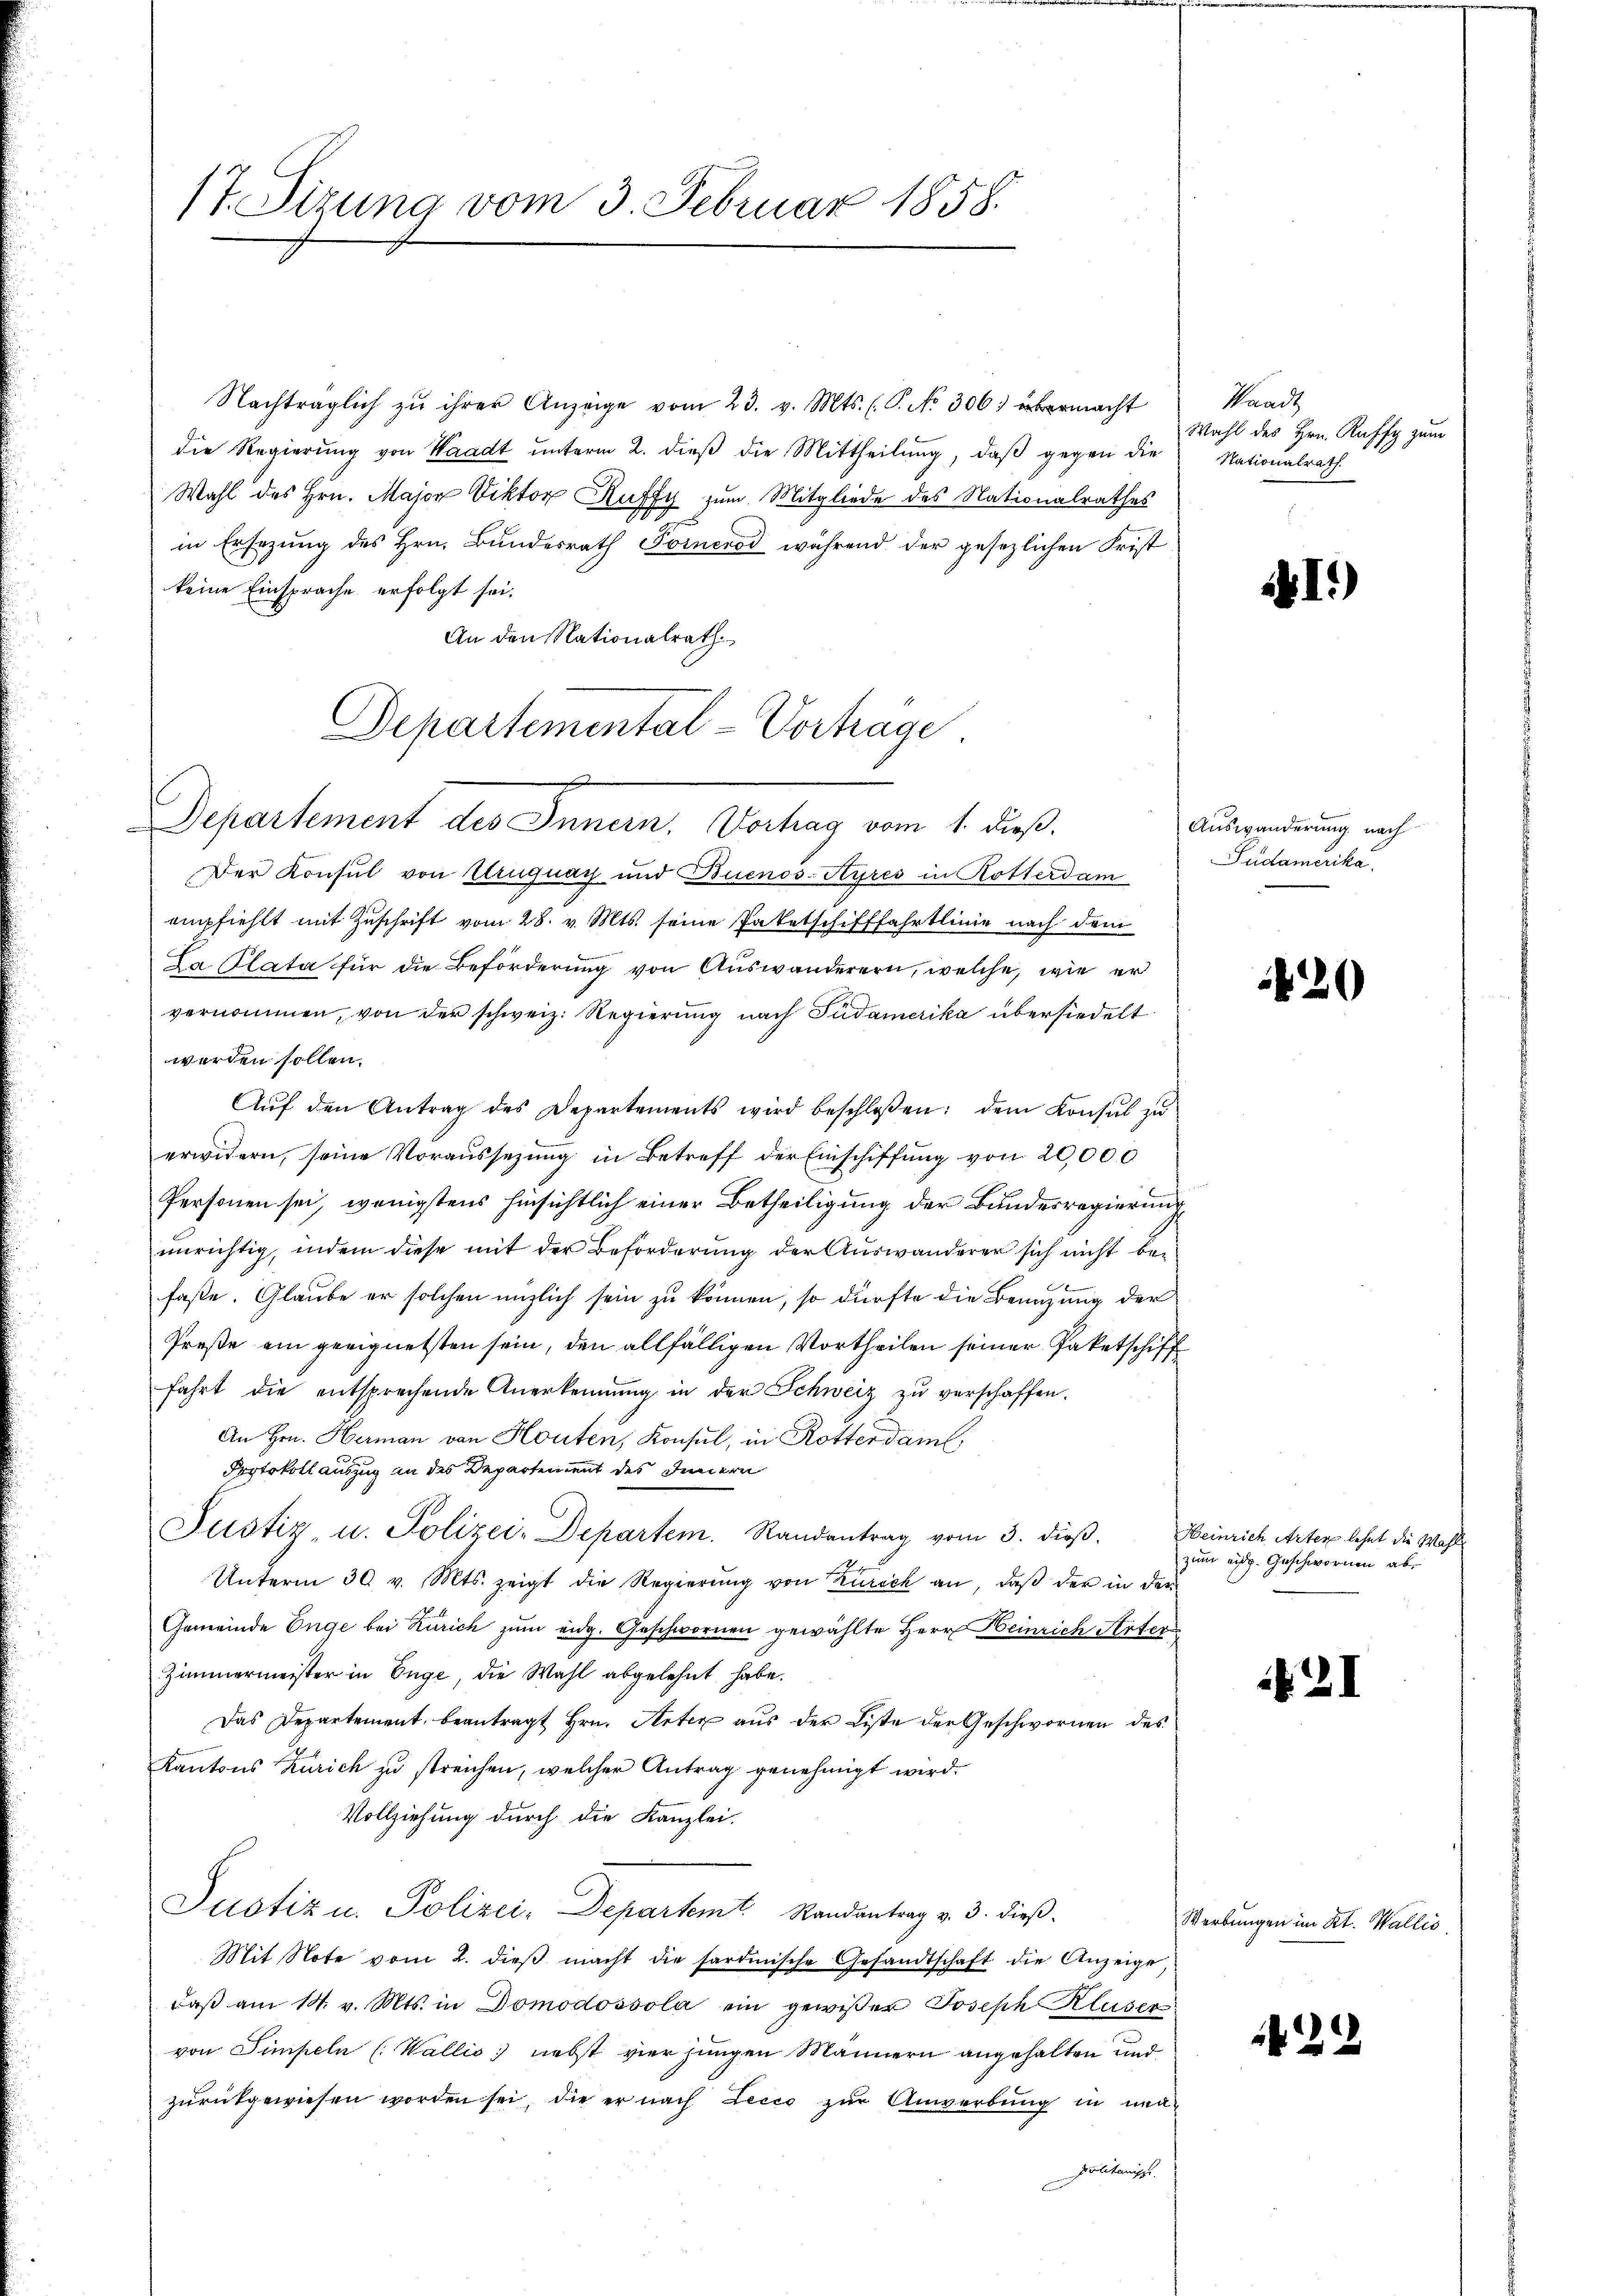
17. Sizung vom 3. Februar 1858.

Nachträglich zu ihrer Anzeige vom 23. v. Mts. (T. No 306. übermacht
die Regierŭng von Waadt ŭnterm 2. dieβ die Mittheilŭng, daβ gegen die Nationalrath
Wahl des Hrn. Major Viktor Ruffy zum Mitgliede des Nationalrathes
n
in Ersezung des Hrn. Bundesrath Fornerod während der gesezlichen Frist
keine Einsprache erfolgt sei.
An den Nationalrath
Der Konsul von Uruguay und Buenos-Ayres in Rotterdam
empfiehlt mit Zuschrift vom 28. v. Mts. seine Paketschifffahrtlinie nach dem
La Plata für die Beförderung von Auswanderern, welche, wie er
vernommen, von der schweiz. Regierung nach Südamerika übersiedelt
werden sollen.
Aŭf den Antrag des Departements wird beschlossen: dem Konsŭl zŭ
erwidern, seine Voraŭssetzŭng in Betreff der Einschiffŭng von 20,000
Personen sei, wenigstens hinsichtlich einer Betheiligung der Bundesregierung
unrichtig, indem diese mit der Beförderung der Auswanderer sich nicht befaßte. Glaube er solchen enzlich sein zu können, so dürfte die Benuzung der
Preße ein geeignetsten sein, den allfälligen Vortheilen seiner Paketschiff
fahrt die entsprechende Anerkennung in der Schweiz zu verschaffen.
An Hrn. Herman von Houten, Konsul, in Rotter dam
Protokoll auszug an das Departement des Innern
Justiz, u. Polizei-Departem Randantrag vom 3. dieß.
Unterm 30. v. Mts. zeigt die Regierŭng von Zürich an, daβ der in der
Gemeinde Enge bei Zürich zum eidg. Geschwornen gewählte Herr Heinrich Arter
Zimmermeister in Enge, die Wahl abgelehnt habe.
Das Departement beantragt Hrn. Arter aus der Liste der Geschwornen des
Kantons Zürich zu streichen, welcher Antrag genehmigt wird.
Vollziehung durch die Kanzlei.
Justiz u. Polizei-Departemt Randantrag v. 3. dieβ.
Mit Note vom 2. dieβ macht die fardische Gesandtschaft die Anzeige,
daβ am 14. v. Mts. in Domodossola ein gewißer Joseph Kluser
von Simpeln (Wallis nebst vier jungen Männern angehalten und
zŭrückgewiesen worden sei, die er nach Lecco zur Anwerbung in neu¬
Politanips.

Departemental-Vortrage
Separtement des Innen. Dechag vom 1. dieß.

Waadt
Wahl des Hrn. Ruffy zum

I.)

Auswanderung nach
Sudamerika

20

Heinrich Arten lehnt die Wahl
zum eidg. Geschwornen abe

2I

Werbungen in dr. Melli

22